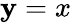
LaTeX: \mathbf{y}=x